Leaving Certificate Examination (including Day School Certificate (Higher) General paper), 1934
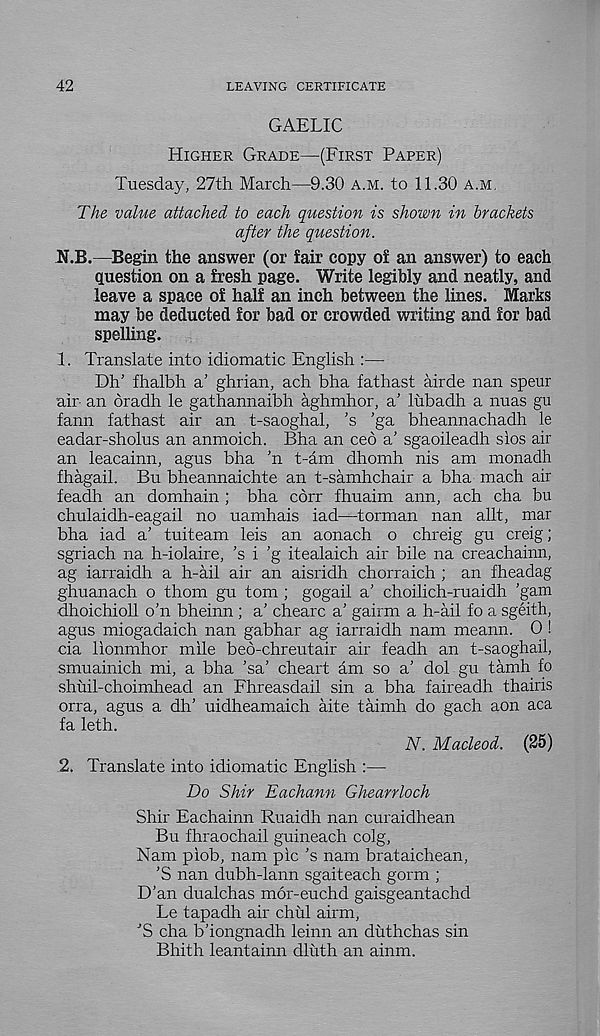
42
LEAVING CERTIFICATE
GAELIC
Higher Grade—(First Paper)
Tuesday, 27th March—9.30 a.m. to 11.30 a.m.
The value attached to each question is shown in brackets
after the question.
N.B.—Begin the answer (or fair copy of an answer) to each
question on a fresh page. Write legibly and neatly, and
leave a space of half an inch between the lines. Marks
may be deducted for bad or crowded writing and for bad
spelling.
1. Translate into idiomatic English :—
Dh’ fhalbh a' ghrian, ach bha fathast airde nan speur
air an oradh le gathannaibh aghmhor, a’ lubadh a nuas gu
fann fathast air an t-saoghal, ’s ’ga bheannachadh le
eadar-sholus an anmoich. Bha an ced a’ sgaoileadh sios air
an leacainn, agus bha ’n t-am dhomh nis am monadh
fhagail. Bu bheannaichte an t-samhchair a bha mach air
feadh an domhain ; bha corr fhuaim ann, ach cha bu
chulaidh-eagail no uamhais iad—torman nan allt, mar
bha iad a’ tuiteam leis an aonach o chreig gu creig;
sgriach na h-iolaire, ’s i ’g itealaich air bile na creachainn,
ag iarraidh a h-ail air an aisridh chorraich ; an fheadag
ghuanach o thorn gu tom; gogail a’ choilich-ruaidh ’gam
dhoichioll o’n bheinn ; a’ chearc a’ gairm a h-ail fo a sgeith,
agus miogadaich nan gabhar ag iarraidh nam meann. 0 !
cia lionmhor mile beo-chreutair air feadh an t-saoghail,
smuainich mi, a bha ’sa’ cheart am so a’ dol gu tamh fo
shuil-choimhead an Fhreasdail sin a bha faireadh thairis
orra, agus a dh’ uidheamaich aite taimh do gach aon aca
fa leth.
iV. Macleod. (25)
2. Translate into idiomatic English :—•
Do Shir Eachann Ghearrloch
Shir Eachainn Ruaidh nan curaidhean
Bu fhraochail guineach colg,
Nam piob, nam pic’s nam brataichean,
’S nan dubh-lann sgaiteach gorm ;
D’an dualchas mor-euchd gaisgeantachd
Le tapadh air chid airm,
’S cha b’iongnadh leinn an duthchas sin
Bhith leantainn dliith an ainm.